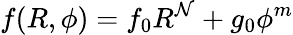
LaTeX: f(R,\phi)=f_{0}R^{\mathcal{N}}+g_{0}\phi^{m}